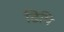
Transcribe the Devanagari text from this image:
ढिपि